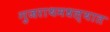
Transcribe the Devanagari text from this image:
गुजराथमधल्यात